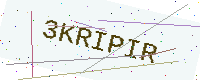
Text: 3KRIPIR